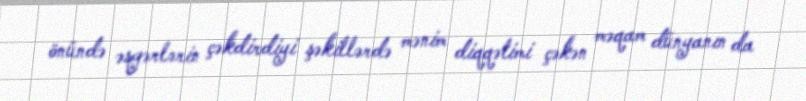
önündə əsgərlərin çəkdirdiyi şəkillərdə mənim diqqətimi çəkən məqam dünyanın da